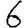
Digit: 6